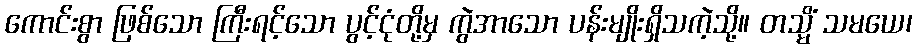
ကောင်းစွာ ဖြစ်သော ကြီးရင့်သော ပွင့်ငုံတို့မှ ကွဲအာသော ပန်းမျိုးရှိသကဲ့သို့။ တသ္မိံ သမယေ၊